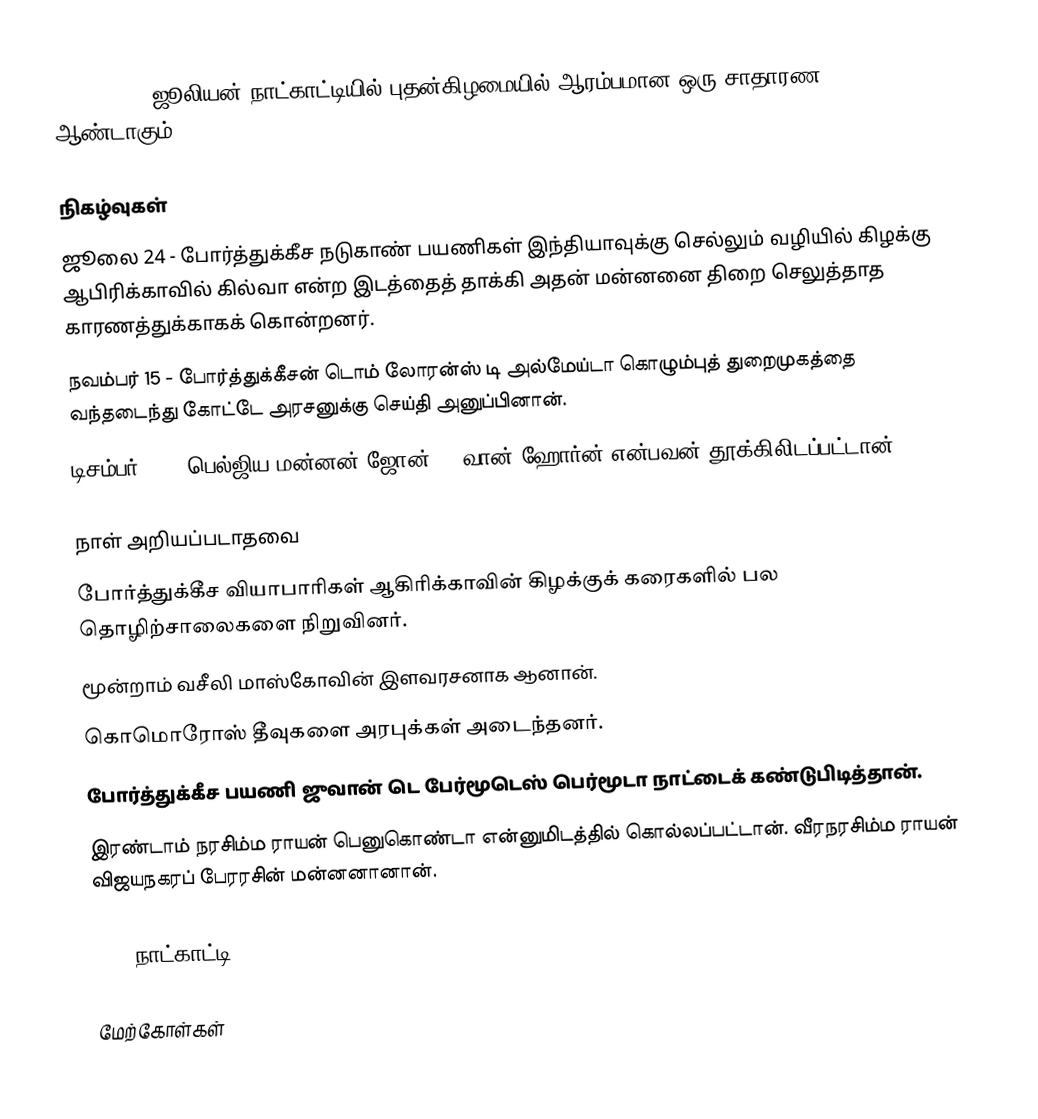
1505 (MDVI) ஜூலியன் நாட்காட்டியில் புதன்கிழமையில் ஆரம்பமான ஒரு சாதாரண ஆண்டாகும்.

நிகழ்வுகள்
 ஜூலை 24 - போர்த்துக்கீச நடுகாண் பயணிகள் இந்தியாவுக்கு செல்லும் வழியில் கிழக்கு ஆபிரிக்காவில் கில்வா என்ற இடத்தைத் தாக்கி அதன் மன்னனை திறை செலுத்தாத காரணத்துக்காகக் கொன்றனர்.
 நவம்பர் 15 - போர்த்துக்கீசன் டொம் லோரன்ஸ் டி அல்மேய்டா கொழும்புத் துறைமுகத்தை வந்தடைந்து கோட்டே அரசனுக்கு செய்தி அனுப்பினான்.
 டிசம்பர் 18 - பெல்ஜிய மன்னன் ஜோன் IX வான் ஹோர்ன் என்பவன் தூக்கிலிடப்பட்டான்.

நாள் அறியப்படாதவை
 போர்த்துக்கீச வியாபாரிகள் ஆகிரிக்காவின் கிழக்குக் கரைகளில் பல தொழிற்சாலைகளை நிறுவினர்.
 மூன்றாம் வசீலி மாஸ்கோவின் இளவரசனாக ஆனான்.
 கொமொரோஸ் தீவுகளை அரபுக்கள் அடைந்தனர்.
 போர்த்துக்கீச பயணி ஜுவான் டெ பேர்மூடெஸ் பெர்மூடா நாட்டைக் கண்டுபிடித்தான்.
 இரண்டாம் நரசிம்ம ராயன் பெனுகொண்டா என்னுமிடத்தில் கொல்லப்பட்டான். வீரநரசிம்ம ராயன் விஜயநகரப் பேரரசின் மன்னனானான்.

1505 நாட்காட்டி

மேற்கோள்கள்